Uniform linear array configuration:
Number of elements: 24
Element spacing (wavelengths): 0.5
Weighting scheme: exponential
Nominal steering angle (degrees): -15
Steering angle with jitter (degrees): -15.928
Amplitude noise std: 0.05
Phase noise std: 0.05

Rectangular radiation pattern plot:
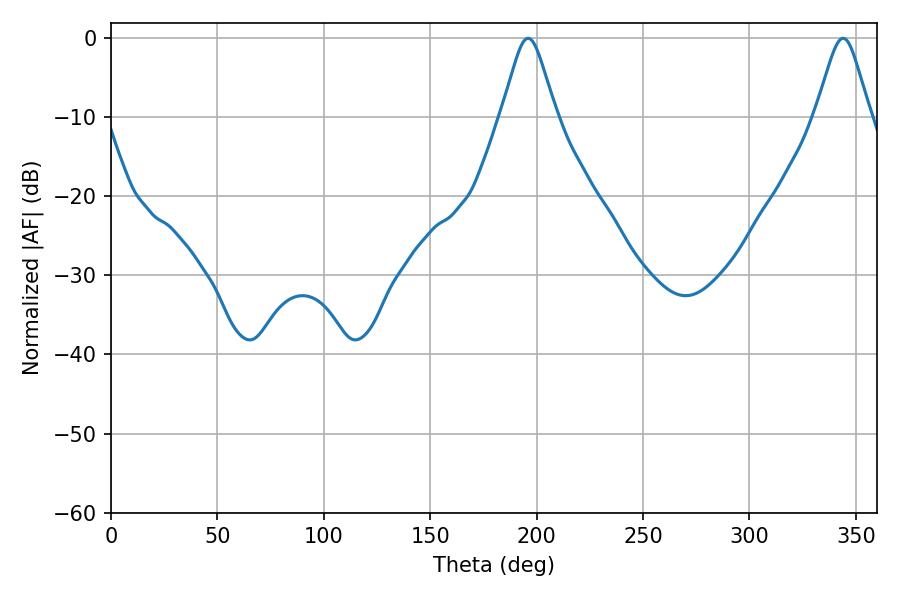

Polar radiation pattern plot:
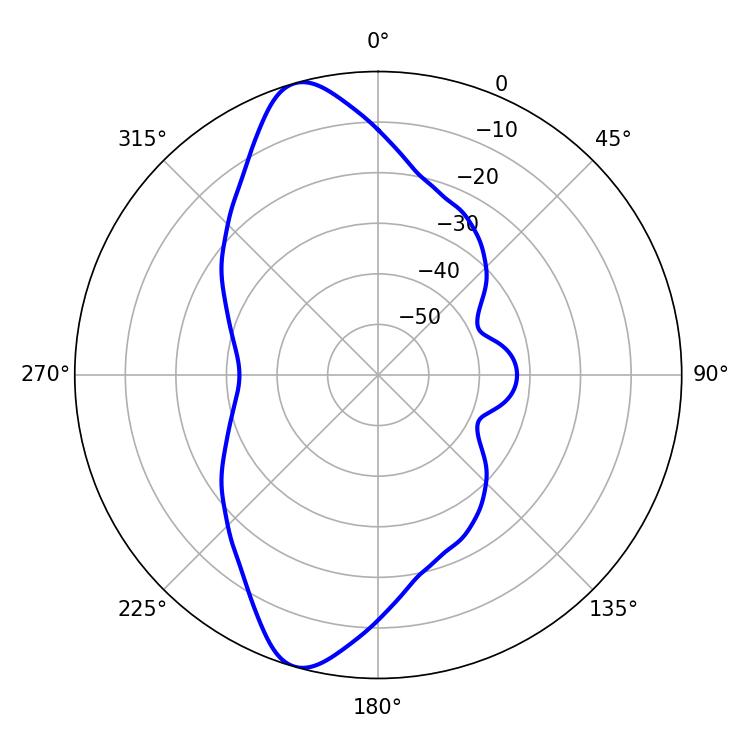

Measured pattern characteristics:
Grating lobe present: FALSE
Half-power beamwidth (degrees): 12.24
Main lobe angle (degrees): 196.02